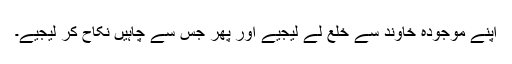
اپنے موجودہ خاوند سے خلع لے لیجیے اور پھر جس سے چاہیں نکاح کر لیجیے۔